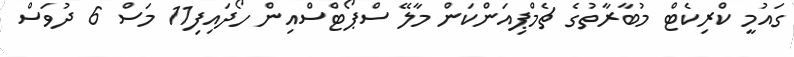
ގައުމީ ކްރިކެޓް މުބާރާތުގެ ޗެމްޕިއަންކަން މާލޭ ސްޕޯޓްސްއިން ހޯދައިފި11 މަސް 6 ދުވަސް